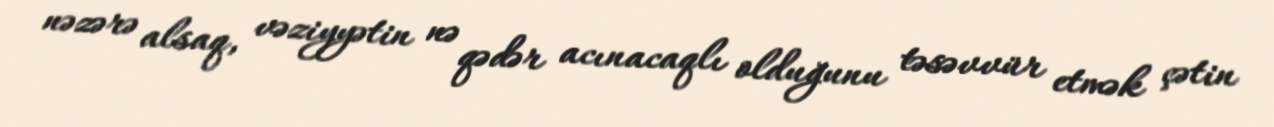
nəzərə alsaq, vəziyyətin nə qədər acınacaqlı olduğunu təsəvvür etmək çətin